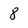
Character: 8